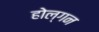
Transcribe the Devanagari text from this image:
होल्गन